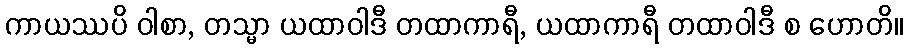
ကာယဿပိ ဝါစာ, တသ္မာ ယထာဝါဒီ တထာကာရီ, ယထာကာရီ တထာဝါဒီ စ ဟောတိ။